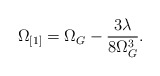
\begin{align*}\Omega_{[1]} = \Omega_G - \frac{3 \lambda}{8 \Omega_G^3}.\end{align*}